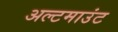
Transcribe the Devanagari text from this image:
अल्टमाउंट